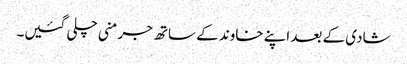
شادی کے بعد اپنے خاوند کے ساتھ جرمنی چلی گئیں۔